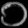
Digit: ၁